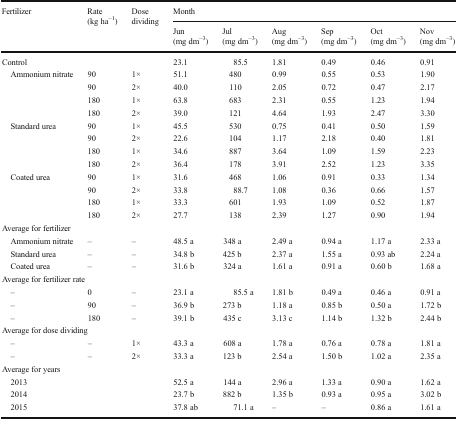
<table><thead><tr><td rowspan="2"><b>Fertilizer</b></td><td rowspan="2"><b>Rate (kg ha<sup>−1</sup>)</b></td><td rowspan="2"><b>Dose dividing</b></td><td colspan="6"><b>Month</b></td></tr><tr><td><b>Jun (mg dm<sup>−3</sup>)</b></td><td><b>Jul (mg dm<sup>−3</sup>)</b></td><td><b>Aug (mg dm<sup>−3</sup>)</b></td><td><b>Sep (mg dm<sup>−3</sup>)</b></td><td><b>Oct (mg dm<sup>−3</sup>)</b></td><td><b>Nov (mg dm<sup>−3</sup>)</b></td></tr></thead><tbody><tr><td colspan="3">Control</td><td>23.1</td><td>85.5</td><td>1.81</td><td>0.49</td><td>0.46</td><td>0.91</td></tr><tr><td rowspan="4"> Ammonium nitrate</td><td>90</td><td>1×</td><td>51.1</td><td>480</td><td>0.99</td><td>0.55</td><td>0.53</td><td>1.90</td></tr><tr><td>90</td><td>2×</td><td>40.0</td><td>110</td><td>2.05</td><td>0.72</td><td>0.47</td><td>2.17</td></tr><tr><td>180</td><td>1×</td><td>63.8</td><td>683</td><td>2.31</td><td>0.55</td><td>1.23</td><td>1.94</td></tr><tr><td>180</td><td>2×</td><td>39.0</td><td>121</td><td>4.64</td><td>1.93</td><td>2.47</td><td>3.30</td></tr><tr><td rowspan="4"> Standard urea</td><td>90</td><td>1×</td><td>45.5</td><td>530</td><td>0.75</td><td>0.41</td><td>0.50</td><td>1.59</td></tr><tr><td>90</td><td>2×</td><td>22.6</td><td>104</td><td>1.17</td><td>2.18</td><td>0.40</td><td>1.81</td></tr><tr><td>180</td><td>1×</td><td>34.6</td><td>887</td><td>3.64</td><td>1.09</td><td>1.59</td><td>2.23</td></tr><tr><td>180</td><td>2×</td><td>36.4</td><td>178</td><td>3.91</td><td>2.52</td><td>1.23</td><td>3.35</td></tr><tr><td rowspan="4"> Coated urea</td><td>90</td><td>1×</td><td>31.6</td><td>468</td><td>1.06</td><td>0.91</td><td>0.33</td><td>1.34</td></tr><tr><td>90</td><td>2×</td><td>33.8</td><td>88.7</td><td>1.08</td><td>0.36</td><td>0.66</td><td>1.57</td></tr><tr><td>180</td><td>1×</td><td>33.3</td><td>601</td><td>1.93</td><td>1.09</td><td>0.52</td><td>1.87</td></tr><tr><td>180</td><td>2×</td><td>27.7</td><td>138</td><td>2.39</td><td>1.27</td><td>0.90</td><td>1.94</td></tr><tr><td colspan="9">Average for fertilizer</td></tr><tr><td> Ammonium nitrate</td><td>–</td><td>–</td><td>48.5 a</td><td>348 a</td><td>2.49 a</td><td>0.94 a</td><td>1.17 a</td><td>2.33 a</td></tr><tr><td> Standard urea</td><td>–</td><td>–</td><td>34.8 b</td><td>425 b</td><td>2.37 a</td><td>1.55 a</td><td>0.93 ab</td><td>2.24 a</td></tr><tr><td> Coated urea</td><td>–</td><td>–</td><td>31.6 b</td><td>324 a</td><td>1.61 a</td><td>0.91 a</td><td>0.60 b</td><td>1.68 a</td></tr><tr><td colspan="9">Average for fertilizer rate</td></tr><tr><td> –</td><td>0</td><td>–</td><td>23.1 a</td><td>85.5 a</td><td>1.81 b</td><td>0.49 a</td><td>0.46 a</td><td>0.91 a</td></tr><tr><td> –</td><td>90</td><td>–</td><td>36.9 b</td><td>273 b</td><td>1.18 a</td><td>0.85 b</td><td>0.50 a</td><td>1.72 b</td></tr><tr><td> –</td><td>180</td><td>–</td><td>39.1 b</td><td>435 c</td><td>3.13 c</td><td>1.14 b</td><td>1.32 b</td><td>2.44 b</td></tr><tr><td colspan="9">Average for dose dividing</td></tr><tr><td> –</td><td>–</td><td>1×</td><td>43.3 a</td><td>608 a</td><td>1.78 a</td><td>0.76 a</td><td>0.78 a</td><td>1.81 a</td></tr><tr><td> –</td><td>–</td><td>2×</td><td>33.3 a</td><td>123 b</td><td>2.54 a</td><td>1.50 b</td><td>1.02 a</td><td>2.35 a</td></tr><tr><td colspan="9">Average for years</td></tr><tr><td colspan="3"> 2013</td><td>52.5 a</td><td>144 a</td><td>2.96 a</td><td>1.33 a</td><td>0.90 a</td><td>1.62 a</td></tr><tr><td colspan="3"> 2014</td><td>23.7 b</td><td>882 b</td><td>1.35 b</td><td>0.93 a</td><td>0.95 a</td><td>3.02 b</td></tr><tr><td colspan="3"> 2015</td><td>37.8 ab</td><td>71.1 a</td><td>–</td><td>–</td><td>0.86 a</td><td>1.61 a</td></tr></tbody></table>